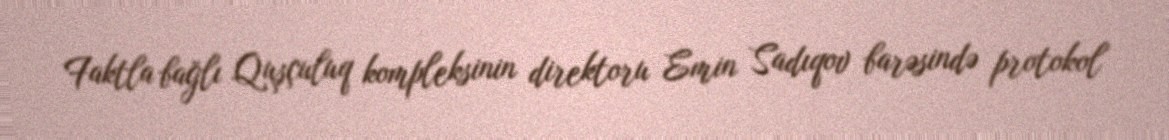
Faktla bağlı Quşçuluq kompleksinin direktoru Emin Sadıqov barəsində protokol